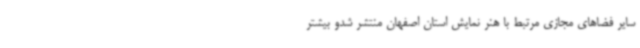
سایر فضاهای مجازی مرتبط با هنر نمایش استان اصفهان منتشر شدو بیشتر